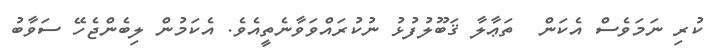
ކުރި ނަމަވެސް އެކަން  ތަޢާލާ ޤަބޫލުފުޅު ނުކުރައްވަވާނެތީއެވެ. އެކަމުން ލިބެންޖެހޭ ސަވާބު